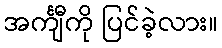
အင်္ကျီကို ပြင်ခဲ့လား။